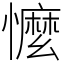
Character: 懡